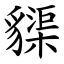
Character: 䝣